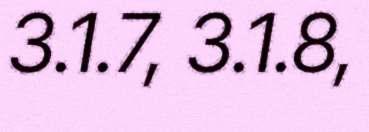
3.1.7, 3.1.8,